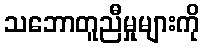
သဘောတူညီမှုများကို